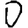
Digit: 0